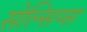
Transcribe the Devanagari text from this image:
सेल्सिय्स